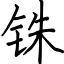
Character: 铢